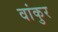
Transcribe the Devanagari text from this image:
वांकुर